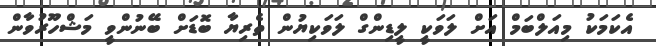
އެކަމަކު މިއަލްބަމް އަށް ލަވަކީ ލީޑިންގް ލަވަކިޔުން ތެރިޔާ ބޮޑަށް ބޭނުންވީ މަޝްހޫރުވާން